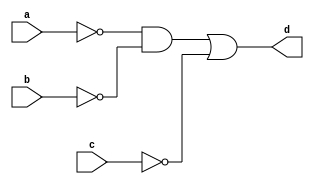
`timescale 1ns / 1ps

module Boolean_Function_2_a (
    input a, b, c,
    output d
    );
    assign d = (~a & ~b) | ~c;
    
endmodule